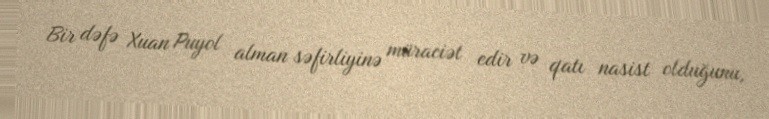
Bir dəfə Xuan Puyol alman səfirliyinə müraciət edir və qatı nasist olduğunu,